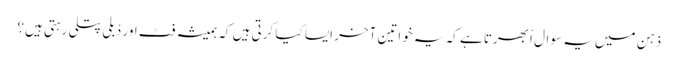
ذہن میں یہ سوال اْبھرتا ہے کہ یہ خواتین آخر ایسا کیا کرتی ہیں کہ ہمیشہ فٹ اور دْبلی پتلی رہتی ہیں؟